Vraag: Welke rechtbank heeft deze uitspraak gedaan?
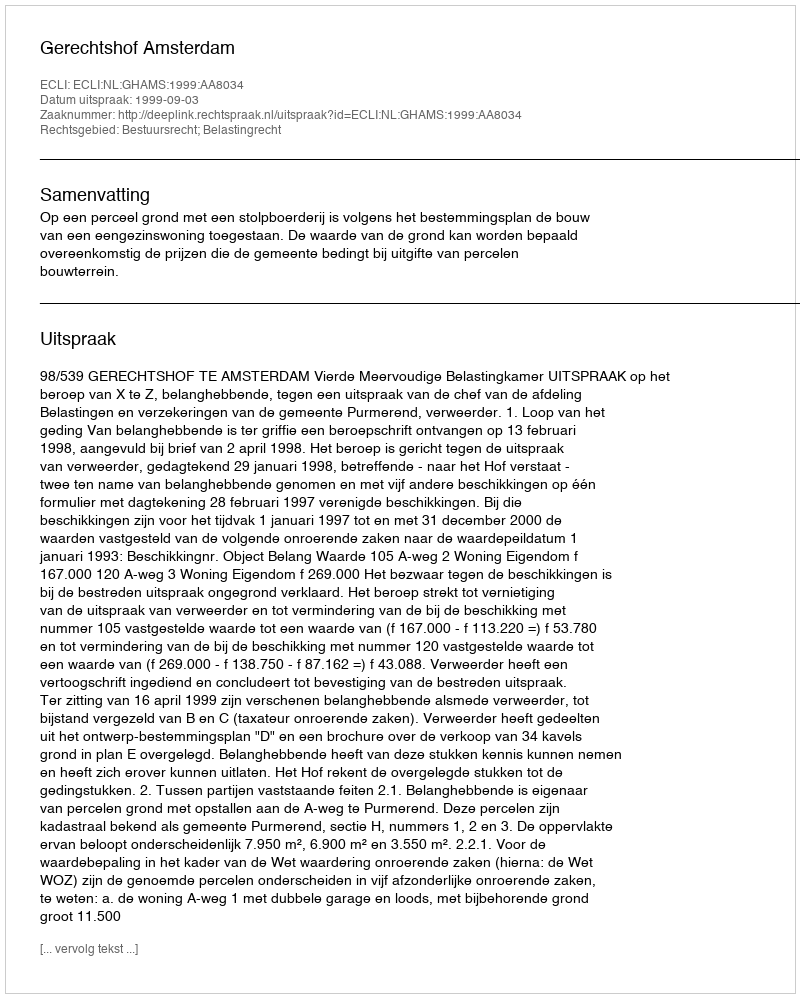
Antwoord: Gerechtshof Amsterdam